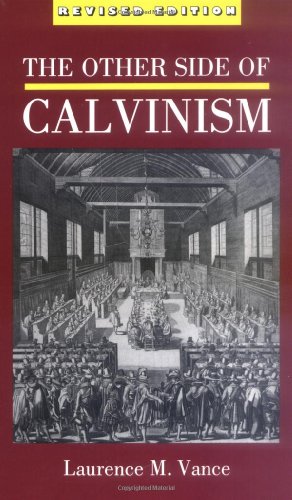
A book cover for The Other Side of Calvinism; Laurence M. Vance; Christian Books & Bibles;